Indian journal of veterinary science and animal husbandry - Volume 3,
Year: 1933
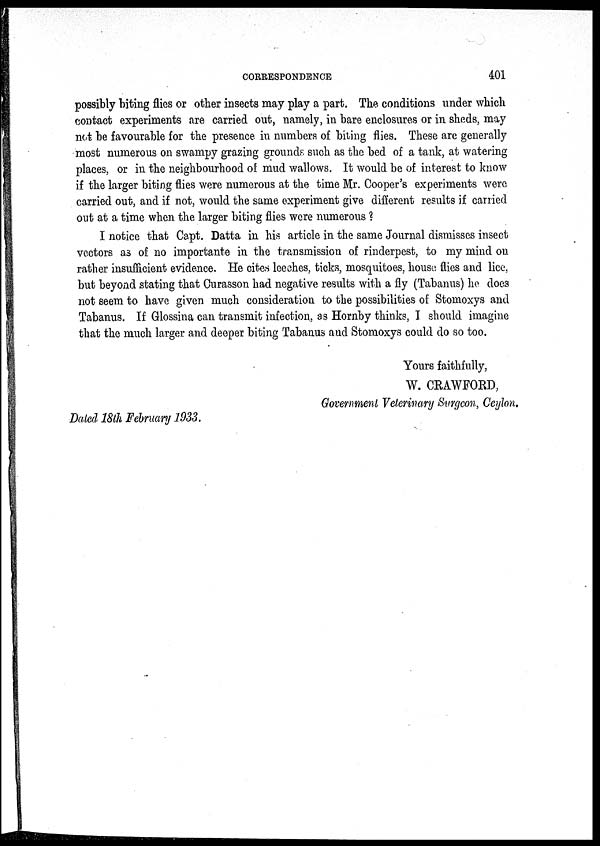
CORRESPONDENCE
401
possibly biting flies or other insects may play a part. The conditions under which
contact experiments are carried out, namely, in bare enclosures or in sheds, may
not be favourable for the presence in numbers of biting flies. These are generally
most numerous on swampy grazing grounds such as the bed of a tank, at watering
places, or in the neighbourhood of mud wallows. It would be of interest to know
if the larger biting flies were numerous at the time Mr. Cooper's experiments were
carried out, and if not, would the same experiment give different results if carried
out at a time when the larger biting flies were numerous ?
I notice that Capt. Datta in his article in the same Journal dismisses insect
vectors as of no importante in the transmission of rinderpest, to my mind on
rather insufficient evidence. He cites leeches, ticks, mosquitoes, house flies and lice,
but beyond stating that Curasson had negative results with a fly (Tabanus) he does
not seem to have given much consideration to the possibilities of Stomoxys and
Tabanus. If Glossina can transmit infection, as Hornby thinks, I should imagine
that the much larger and deeper biting Tabanus and Stomoxys could do so too.
Yours faithfully,
W. CRAWFORD,
Government Veterinary Surgeon, Ceylon.
Dated 18th February 1933.